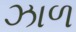
ઝાળ